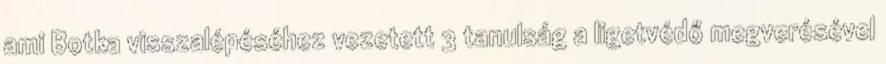
ami Botka visszalépéséhez vezetett 3 tanulság a ligetvédő megverésével